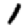
Digit: 1